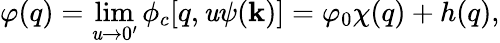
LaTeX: \varphi(q)=\operatorname*{lim}_{\mathit{u}\to0^{\prime}}\phi_{c}[q,\mathit{u}\psi(\mathbf{k})]=\varphi_{0}\chi(q)+h(q),